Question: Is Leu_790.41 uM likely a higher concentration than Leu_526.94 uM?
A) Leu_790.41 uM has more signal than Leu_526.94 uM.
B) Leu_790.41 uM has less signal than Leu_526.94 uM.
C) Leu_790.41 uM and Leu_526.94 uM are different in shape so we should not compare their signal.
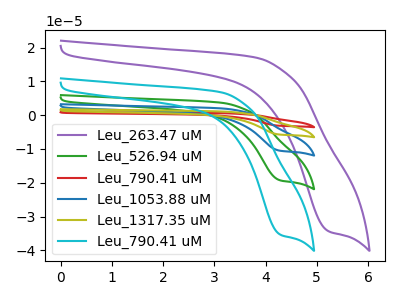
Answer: <think>The purple curve "Leu_263.47 uM" has a cathodic peak at: (5.25V, -34.35uA). The green curve "Leu_526.94 uM" has a cathodic peak at: (4.30V, -19.30uA). The red curve "Leu_790.41 uM" has a cathodic peak at: (4.30V, -77.25uA). The blue curve "Leu_1053.88 uM" has a cathodic peak at: (4.30V, -38.60uA). The olive curve "Leu_1317.35 uM" has a cathodic peak at: (4.30V, -57.90uA). The cyan curve "Leu_790.41 uM" has a cathodic peak at: (4.30V, -35.40uA).
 All the peaks in "Leu_790.41 uM" have a peak in "Leu_526.94 uM" at the same potential. Every peak in "Leu_790.41 uM" is higher than every peak in "Leu_526.94 uM".</think>
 <answer>A) "Leu_790.41 uM" has more signal than "Leu_526.94 uM".</answer>
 <eval>A</eval>